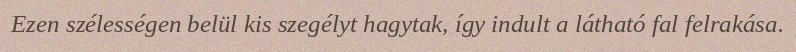
Ezen szélességen belül kis szegélyt hagytak, így indult a látható fal felrakása.